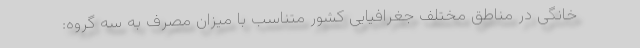
خانگی در مناطق مختلف جغرافیایی کشور متناسب با میزان مصرف به سه گروه: